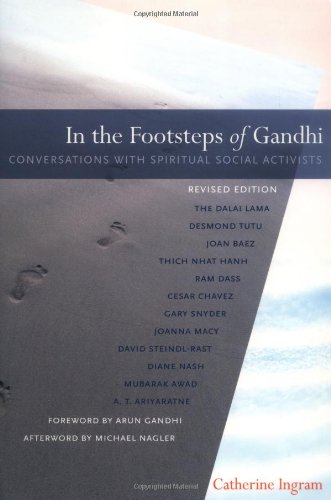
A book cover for In the Footsteps of Gandhi: Conversations with Spiritual Social Activists; Catherine Ingram; Religion & Spirituality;